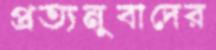
প্রত্যনুবাদের